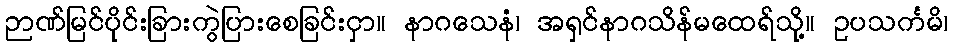
ဉာဏ်မြင်ပိုင်းခြားကွဲပြားစေခြင်းငှာ။ နာဂသေနံ၊ အရှင်နာဂသိန်မထေရ်သို့။ ဥပသင်္ကမိ၊